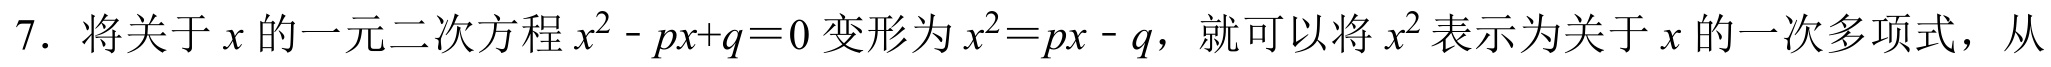
7. 将关于\(x\)的一元二次方程\(x^{2}-px + q = 0\)变形为\(x^{2}=px - q\)，就可以将\(x^{2}\)表示为关于\(x\)的一次多项式，从